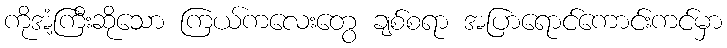
ကိုအံ့ကြီးဆိုသော ကြယ်ကလေးတွေ ချစ်စရာ အပြာရောင်ကောင်းကင်မှာ